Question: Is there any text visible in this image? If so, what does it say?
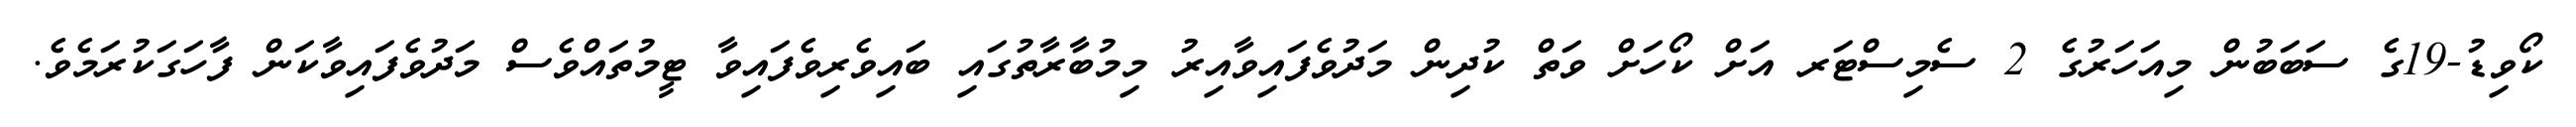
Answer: ކޯވިޑު-19ގެ ސަބަބުން މިއަހަރުގެ 2 ސެމިސްޓަރ އަށް ކޯހަށް ވަތް ކުދިން މަދުވެފައިވާއިރު މިމުބާރާތުގައި ބައިވެރިވެފައިވާ ޓީމުތައްވެސް މަދުވެފައިވާކަން ފާހަގަކުރަމެވެ.